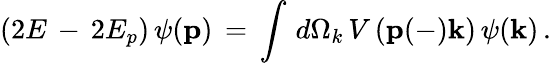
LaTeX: \left(2E\, -\, 2E_{p}\right)\, \psi({\mathbf p})\, =\, \int\, d\Omega_{k}\, V\left({\mathbf p}(-){\mathbf k}\right)\, \psi({\mathbf k})\, .